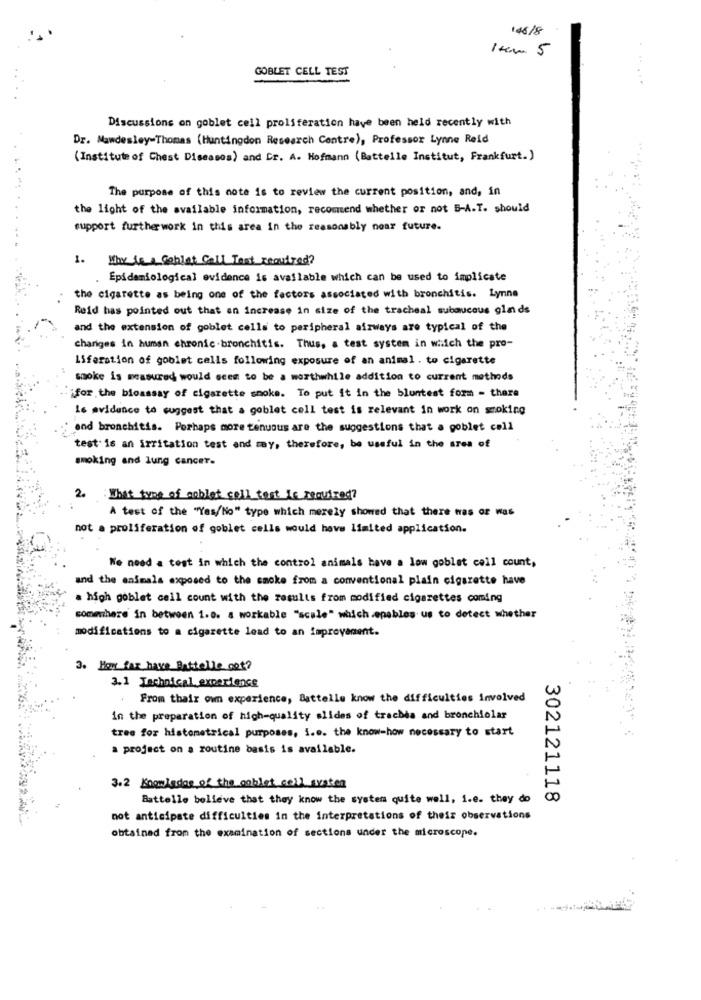
106/8
Item 5
GOBLET CELL TEST
Discussions on goblet cell proliferation have been held recently with
Dr. Mandesley-Thomas (Huntingdon Research Centre), Professor Lynne Reid
(Institute of Chest Diseases) and Cr. A. Hofmann (Battelle Institut, Frankfurt.)
The purpose of this note is to review the current position, and, in
the light of the available information, recommend whether or not B-A.T. should
support further work in this area in the reasonably near future.
1. Why le a Goblet Call Test required?
. Epidemiological evidence is available which can be used to implicate
the cigarette as being one of the factors associated with bronchitis. Lynne
Reid has pointed out that an increase in size of the tracheal subaucous glands
and the extension of goblet cells to peripheral airways are typical of the
changes in human chronic.bronchitis. Thus, a test system in which the pro-
Liferation of goblet cells following exposure of an animal . to cigarette
smoke is measured would seem to be a worthwhile addition to current methods
ifor the bioassay of cigarette smoke. To put it in the bluntest form - there
is evidence to suggest that a goblet cell test is relevant in work on smoking
and bronchitis. Perhaps more tenuous are the suggestions that a goblet coll
test: 16 an irritation test and may, therefore, be useful in the area of
smoking and lung cancer.
2. What type of noblet cell test is required?
A test of the "Yes/No" type which merely showed that there was or was
not a proliferation of goblet cells would have limited application.
No need a test in which the control animals have a low goblet coll count,
and the animals exposed to the smoke from a conventional plain cigarette have
a high goblet cell count with the results from modified cigarettes coming
somwhere in between 1.8. a workable "scale" which.epablos us to detect whether
modifications to a cigarette lead to an improvement.
3. Hay far have Battelle cot?
3.1 Technical experience
From thair own experience, Battelle know the difficulties involved
in the preparation of high-quality slides of trachea and bronchiolar
tree for histometrical purposes, i.e. the know-how necessary to start
a project on a routine basis is available.
3.2 Knowledge of the goblet coll staten
Battelle believe that they know the system quite well, i.e. they do
302121118
not anticipate difficulties in the interpretations of their observations
obtained from the examination of sections under the microscope.